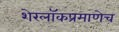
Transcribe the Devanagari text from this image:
शेरलाॅकप्रमाणेच